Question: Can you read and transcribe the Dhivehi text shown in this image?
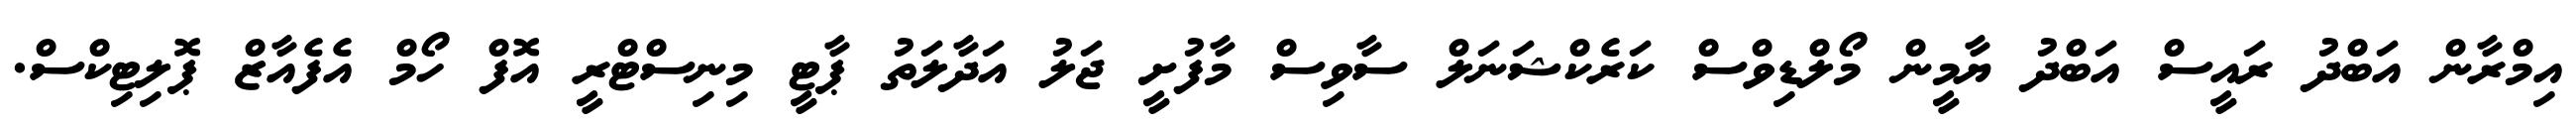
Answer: އިމްރާން އަބްދު ރައީސް އަބްދު ޔާމީން މޯލްޑިވްސް ކަރެކްޝަނަލް ސާވިސް މާފުށީ ޖަލު އަދާލަތު ޕާޓީ މިނިސްޓްރީ އޮފް ހޯމް އެފެއާޒް ޕޮލިޓިކްސް.